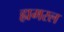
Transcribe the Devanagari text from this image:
ह्यमरल